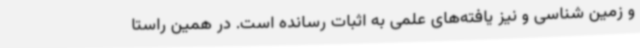
و زمین شناسی و نیز یافته‌های علمی به اثبات رسانده است. در همین راستا